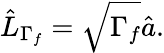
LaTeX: \hat{L}_{\Gamma_{f}}=\sqrt{\Gamma_{f}}\hat{a}.